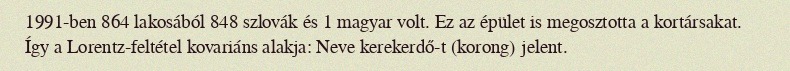
1991-ben 864 lakosából 848 szlovák és 1 magyar volt. Ez az épület is megosztotta a kortársakat. Így a Lorentz-feltétel kovariáns alakja: Neve kerekerdő-t (korong) jelent.